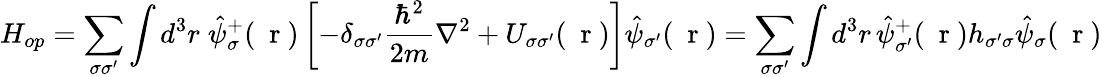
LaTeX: H_{op}=\sum_{\sigma\sigma^{\prime}}\int d^{3}r\; \hat{\psi}_{\sigma}^{+}(\mathrm{~\mathbf~r~})\left[-\delta_{\sigma\sigma^{\prime}}\frac{\hbar^{2}}{2m}\nabla^{2}+U_{\sigma\sigma^{\prime}}(\mathrm{~\mathbf~r~})\right]\hat{\psi}_{\sigma^{\prime}}(\mathrm{~\mathbf~r~})=\sum_{\sigma\sigma^{\prime}}\int d^{3}r\, \hat{\psi}_{\sigma^{\prime}}^{+}(\mathrm{~\mathbf~r~})h_{\sigma^{\prime}\sigma}\hat{\psi}_{\sigma}(\mathrm{~\mathbf~r~})